Leaving Certificate, 1900
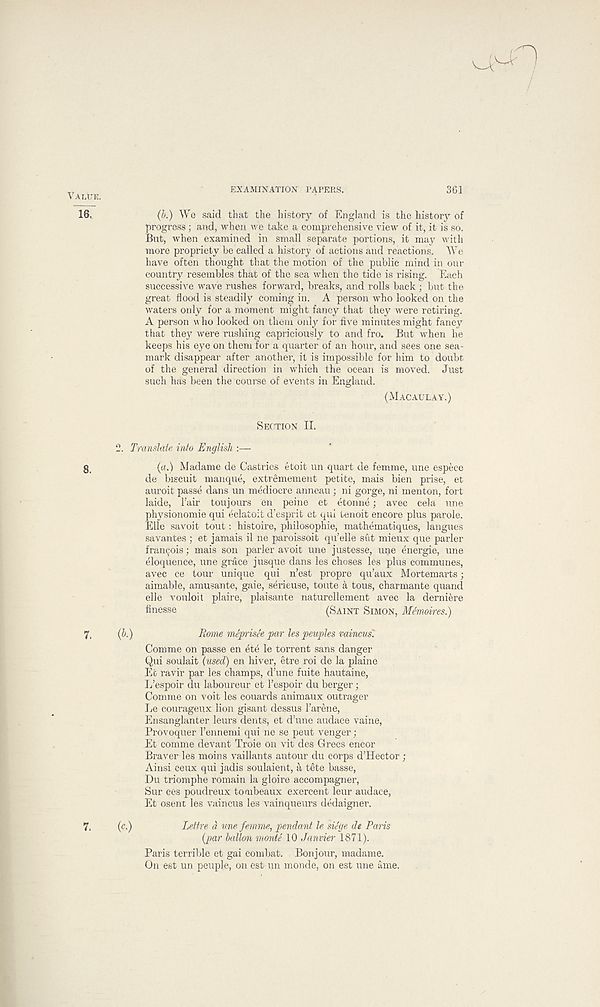
VAIATE.
leT
8.
7.
EXAMINATION PAPERS.
361
(b.) We said that the history of England is the history of
progress; and, when we take a comprehensive view of it, it is so.
But, when examined in small separate portions, it may with
more propriety be called a history of actions and reactions. We
have often thought that the motion of the public mind in our
country resembles that of the sea when the tide is rising. Each
successive wave rushes forward, breaks, and rolls back ; but the
great flood is steadily coming in. A person who looked on the
waters only for a moment might fancy that they were retiring.
A person who looked on them only for five minutes might fancy
that they were rushing capriciously to and fro. But when he
keeps his eye on them for a quarter of an hour, and sees one sea-
mark disappear after another, it is impossible for him to doubt
of the general direction in which the ocean is moved. Just
such has been the course of events in England.
(MACAULAY.)
SECTION II.
2. Translate into English :—
(a.) Madame de Castries etoit un quart de femme, une espece
de biscuit manque, extremement petite, mais bien prise, et
auroit passe dans un mediocre anneau; ni gorge, ni men ton, fort
laide, hair toujours en peine et etonne; avec cela une
physionomie qui eclatoit d’esprit et qui tenoit encore plus parole.
Elle savoit tout: histoire, philosophic, mathematiques, langues
savantes ; et jamais il ne paroissoit qu’elle sut mieux que parler
francois: mais son parler avoit une justesse, une energie, une
eloquence, une grace jusque dans les choses les plus communes,
avec ce tour unique qui n’est propre qu’aux Mortemarts;
aimable, amusante, gaie, serieuse, toute a tous, charmante quand
elle vouloit plaire, plaisante naturellement avec la derniere
finesse
(SAINT SIMON, Memoires.)
(b.)
Rome meprisee par les peuples vaincus'.
Com me on passe en ete le torrent sans danger
Qui soulait (used) en hiver, etre roi de la plaine
Efc ravir par les champs, d’une fuite hautaine,
L’espoir du laboureur et Fespoir du berger;
Comme on voit les couards animaux outrager
Le courageux lion gisant dessus Tarene,
Ensanglanter leurs dents, et d’une audace vaine,
Provoquer 1’ennemi qui ne se peut venger;
Et comme devant Troie on vit des Grecs encor
Braveries moins vaillants autour du corps d’Hector ;
Ainsi ceux qui jadis soulaient, a tete basse,
Du triomphe remain la gloire accompagner,
Sur ces poudreux tombeaux exercent leur audace,
Et osent les vaincus les vainqueurs dedaigner.
(c.)
Retire d une femme, pendant le siSge de Paris
(par ballon monte 10 Janvier 1871).
Paris terrible et gai combat. Bonjour, madame.
On est un peuple, on est un monde, on est une ame.